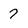
Character: 7